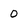
Character: O